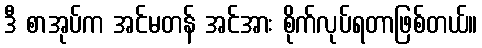
ဒီ စာအုပ်က အင်မတန် အင်အား စိုက်လုပ်ရတာဖြစ်တယ်။